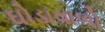
ઘોડાવાળો